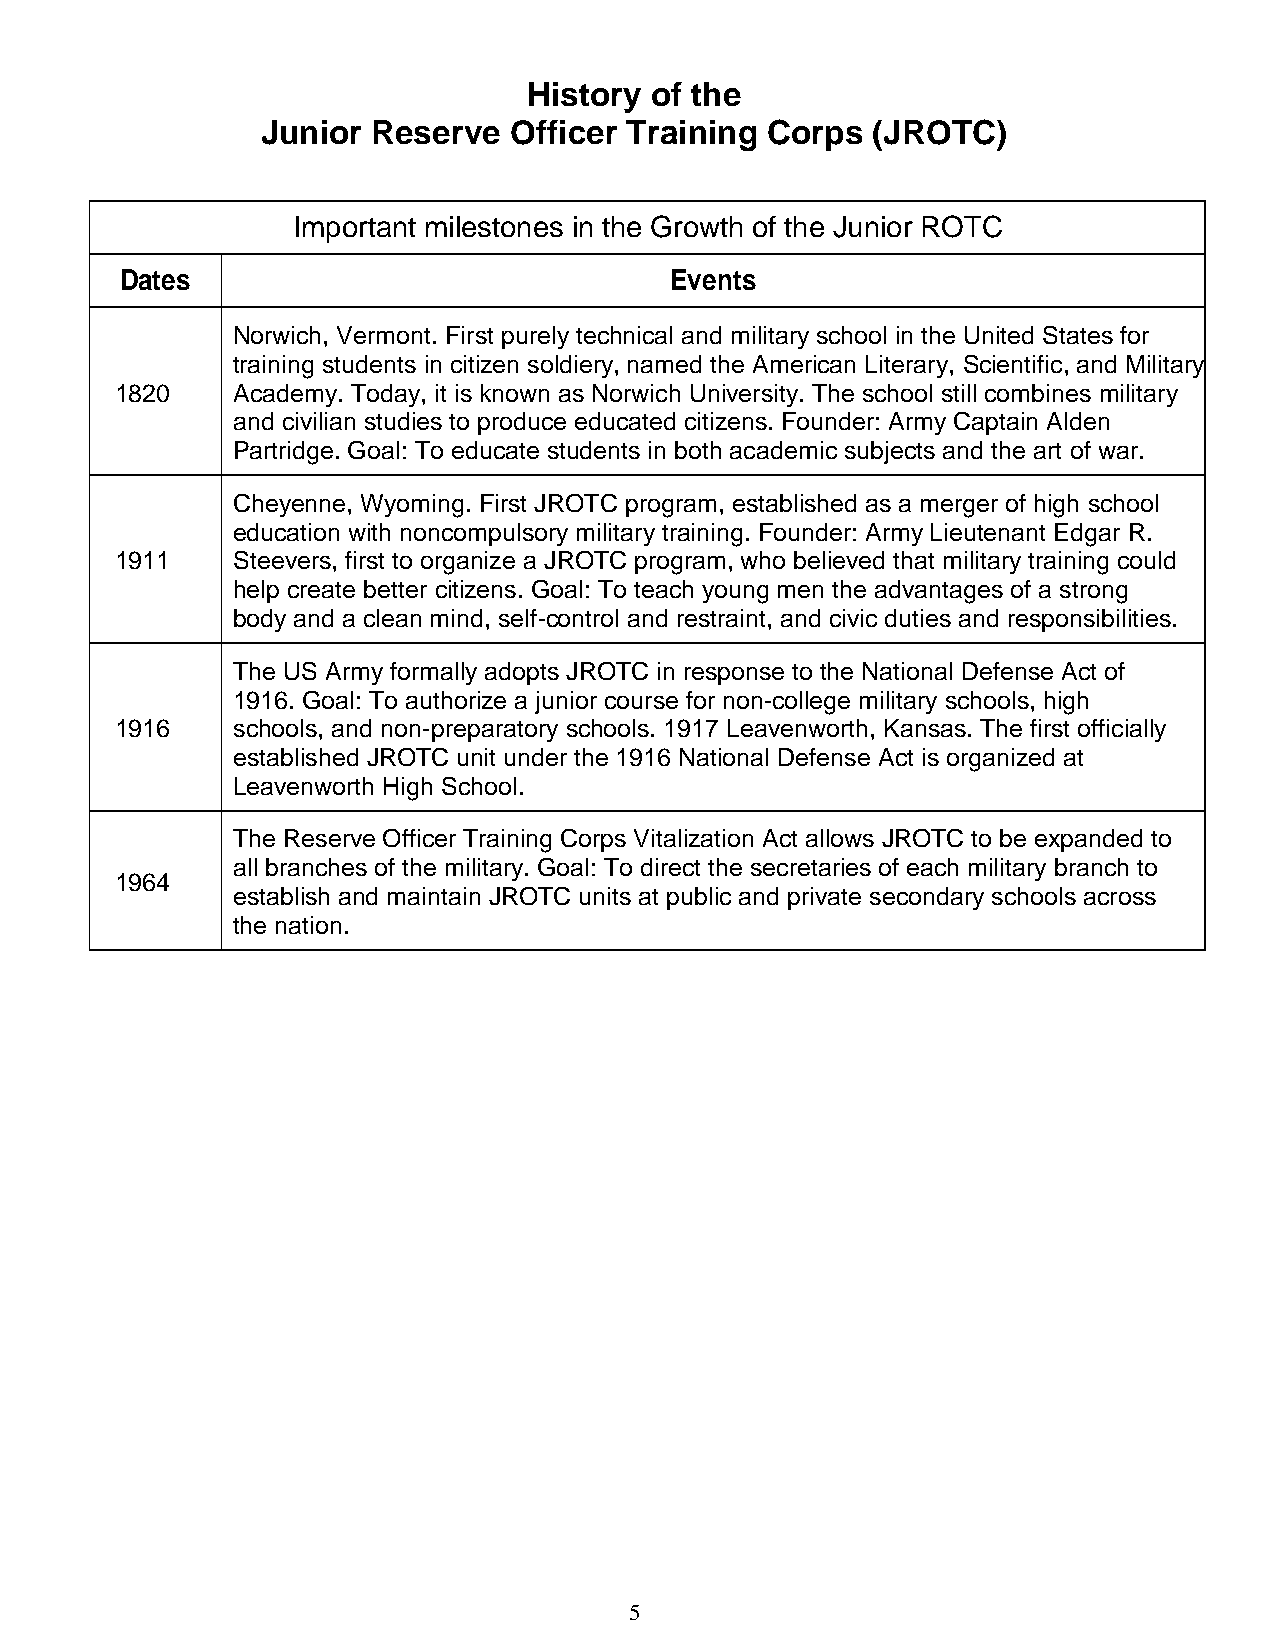
History of the
 Junior  Reserve  Officer Training Corps  (JROTC)
 Important milestones in the Growth of the Junior ROTC
 Dates                               Events
 Norwich, Vermont. First purely technical and military school in the United States for
 training students in citizen soldiery, named the American Literary, Scientific, and Military
 1820   Academy. Today, it is known as Norwich University. The school still combines military
 and civilian studies to produce educated citizens. Founder: Army Captain Alden
 Partridge. Goal: To educate students in both academic subjects and the art of war.
 Cheyenne, Wyoming. First JROTC program, established as a merger of high school
 education with noncompulsory military training. Founder: Army Lieutenant Edgar R.
 1911   Steevers, first to organize a JROTC program, who believed that military training could
 help create better citizens. Goal: To teach young men the advantages of a strong
 body and a clean mind, self-control and restraint, and civic duties and responsibilities.
 The US Army formally adopts JROTC in response to the National Defense Act of
 1916. Goal: To authorize a junior course for non-college military schools, high
 1916   schools, and non-preparatory schools. 1917 Leavenworth, Kansas. The first officially
 established JROTC unit under the 1916 National Defense Act is organized at
 Leavenworth High School.
 The Reserve Officer Training Corps Vitalization Act allows JROTC to be expanded to
 all branches of the military. Goal: To direct the secretaries of each military branch to
 1964
 establish and maintain JROTC units at public and private secondary schools across
 the nation.
 5